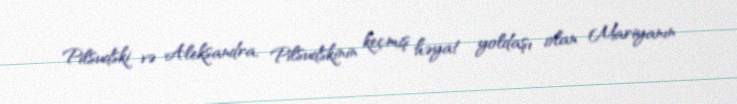
Pilsudski və Aleksandra, Pilsudskinin keçmiş həyat yoldaşı olan Mariyanın